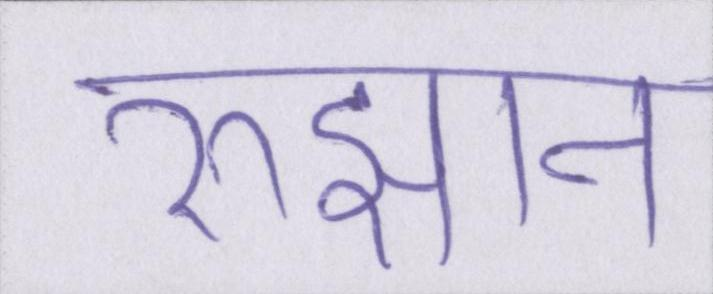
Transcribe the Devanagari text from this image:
रुझान